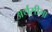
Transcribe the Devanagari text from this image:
अर्थसीमा